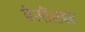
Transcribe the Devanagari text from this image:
बेसींसहर